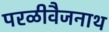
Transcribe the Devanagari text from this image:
परळीवैजनाथ